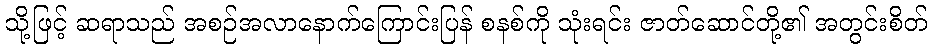
သို့ဖြင့် ဆရာသည် အစဉ်အလာနောက်ကြောင်းပြန် စနစ်ကို သုံးရင်း ဇာတ်ဆောင်တို့၏ အတွင်းစိတ်